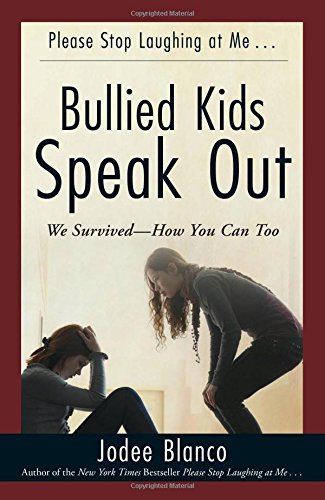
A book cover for Bullied Kids Speak Out: We Survived--How You Can Too; Jodee Blanco; Teen & Young Adult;